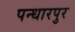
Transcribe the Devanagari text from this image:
पन्धारपुर